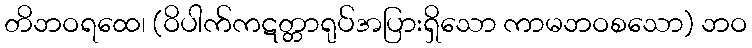
တိဘဝရထေ၊ (ဝိပါက်ကဋတ္တာရုပ်အပြားရှိသော ကာမဘဝစသော) ဘဝ